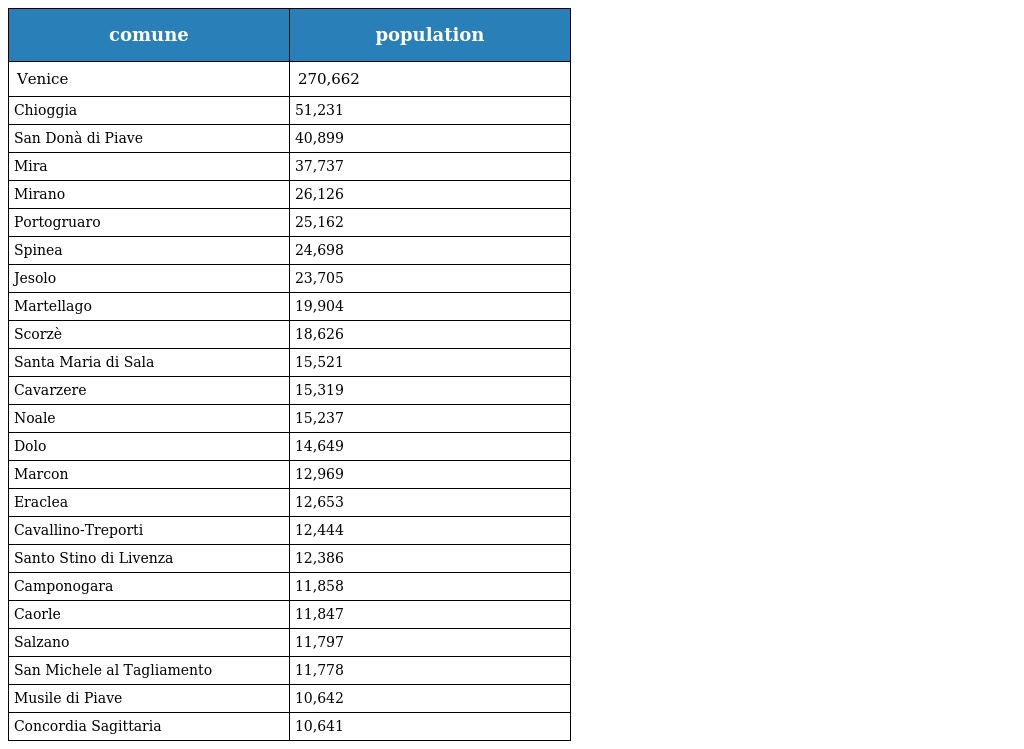
| comune | population |
 | --- | --- |
 | Venice | 270,662 |
 | Chioggia | 51,231 |
 | San Donà di Piave | 40,899 |
 | Mira | 37,737 |
 | Mirano | 26,126 |
 | Portogruaro | 25,162 |
 | Spinea | 24,698 |
 | Jesolo | 23,705 |
 | Martellago | 19,904 |
 | Scorzè | 18,626 |
 | Santa Maria di Sala | 15,521 |
 | Cavarzere | 15,319 |
 | Noale | 15,237 |
 | Dolo | 14,649 |
 | Marcon | 12,969 |
 | Eraclea | 12,653 |
 | Cavallino-Treporti | 12,444 |
 | Santo Stino di Livenza | 12,386 |
 | Camponogara | 11,858 |
 | Caorle | 11,847 |
 | Salzano | 11,797 |
 | San Michele al Tagliamento | 11,778 |
 | Musile di Piave | 10,642 |
 | Concordia Sagittaria | 10,641 |